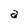
Character: a